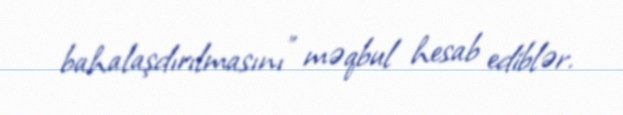
bahalaşdırılmasını" məqbul hesab ediblər.